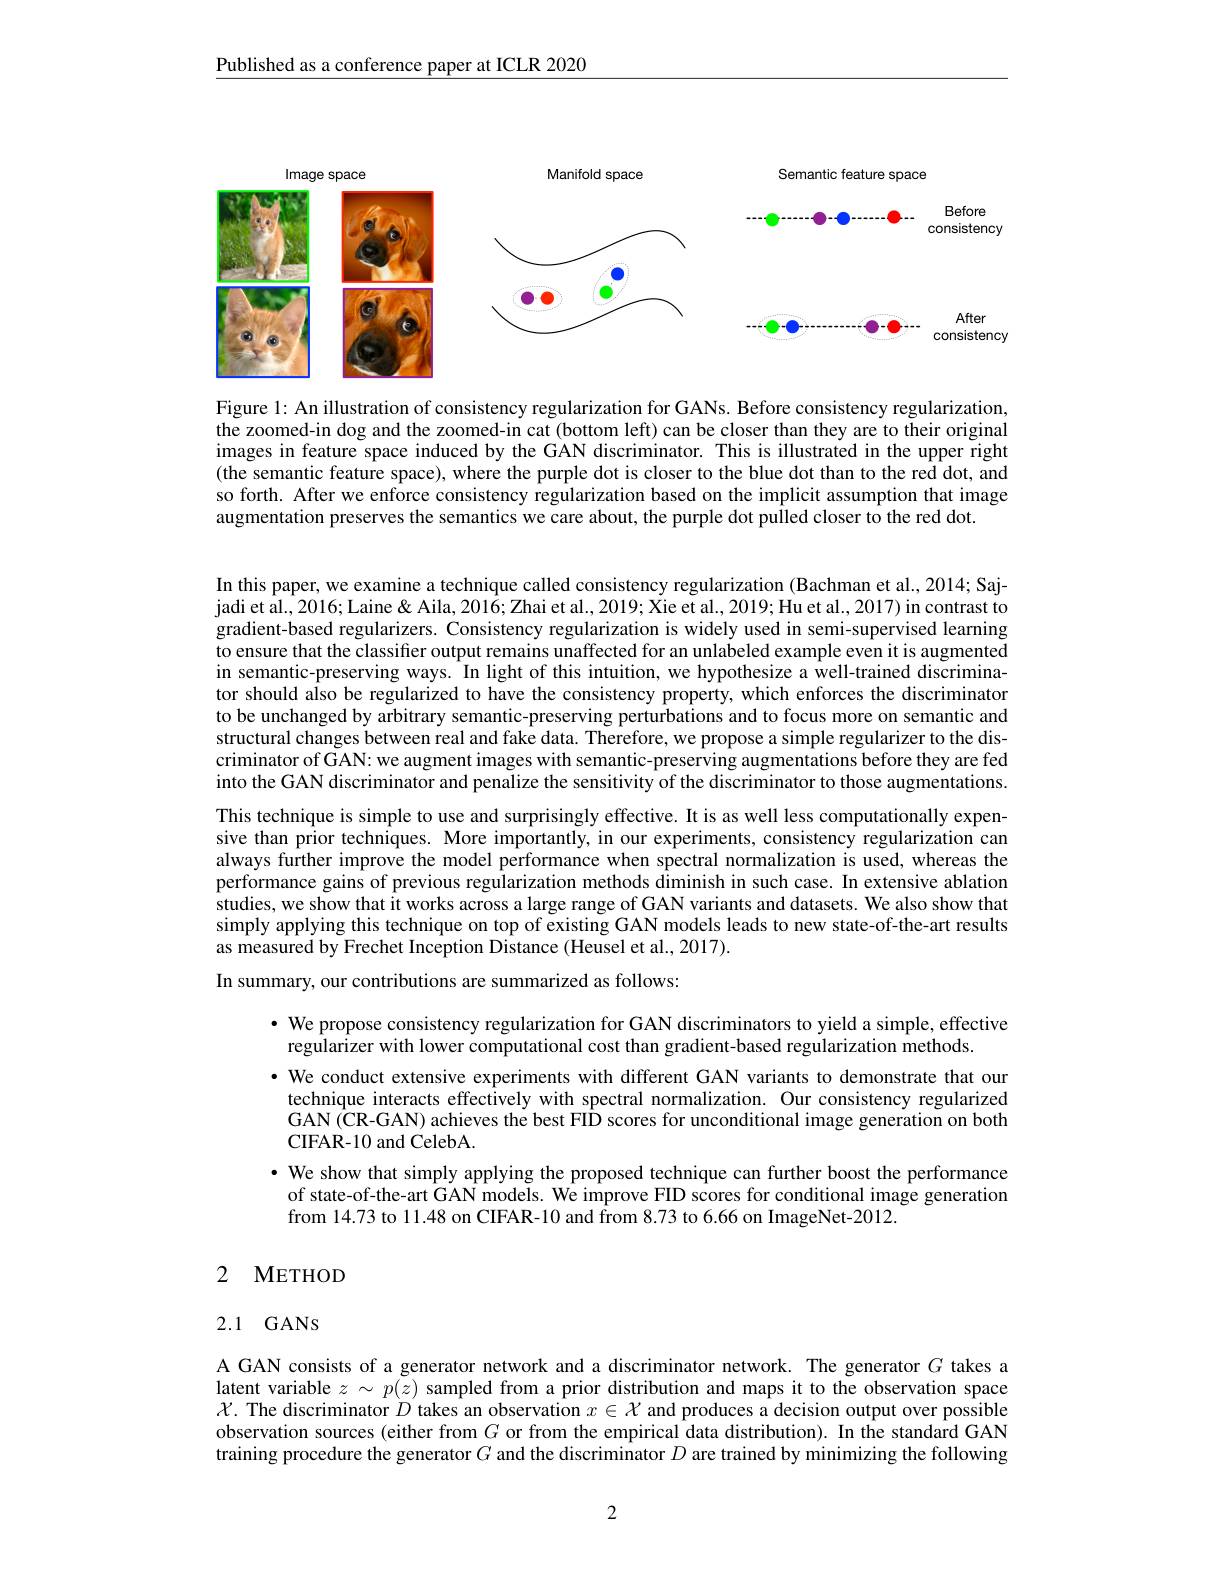
Published as a conference paper at ICLR 2020

<FigureHere>

Figure 1: An illustration of consistency regularization for GANs. Before consistency regularization, the zoomed-in dog and the zoomed-in cat (bottom left) can be closer than they are to their original images in feature space induced by the GAN discriminator. This is illustrated in the upper right (the semantic feature space), where the purple dot is closer to the blue dot than to the red dot, and so forth. After we enforce consistency regularization based on the implicit assumption that image augmentation preserves the semantics we care about, the purple dot pulled closer to the red dot.

In this paper, we examine a technique called consistency regularization (Bachman et al., 2014; Sajjadi et al., 2016; Laine & Aila, 2016; Zhai et al., 2019; Xie et al., 2019; Hu et al., 2017) in contrast to gradient-based regularizers. Consistency regularization is widely used in semi-supervised learning to ensure that the classiffer output remains unaffected for an unlabeled example even it is augmented in semantic-preserving ways. In light of this intuition, we hypothesize a well-trained discriminator should also be regularized to have the consistency property, which enforces the discriminator to be unchanged by arbitrary semantic-preserving perturbations and to focus more on semantic and structural changes between real and fake data. Therefore, we propose a simple regularizer to the discriminator of GAN: we augment images with semantic-preserving augmentations before they are fed into the GAN discriminator and penalize the sensitivity of the discriminator to those augmentations. This technique is simple to use and surprisingly effective. It is as well less computationally expensive than prior techniques. More importantly, in our experiments, consistency regularization can always further improve the model performance when spectral normalization is used, whereas the performance gains of previous regularization methods diminish in such case. In extensive ablation studies, we show that it works across a large range of GAN variants and datasets. We also show that simply applying this technique on top of existing GAN models leads to new state-of-the-art results as measured by Frechet Inception Distance (Heusel et al., 2017).

In summary, our contributions are summarized as follows:

· We propose consistency regularization for GAN discriminators to yield a simple, effective
regularizer with lower computational cost than gradient-based regularization methods.
· We conduct extensive experiments with different GAN variants to demonstrate that our
technique interacts effectively with spectral normalization. Our consistency regularized GAN (CR-GAN) achieves the best FID scores for unconditional image generation on both CIFAR-10 and CelebA.
· We show that simply applying the proposed technique can further boost the performance
of state-of-the-art GAN models. We improve FID scores for conditional image generation
from 14.73 to 11.48 on CIFAR-10 and from 8.73 to 6.66 on ImageNet-2012.

# 2 METHOD

## 2.1 GANS

A GAN consists of a generator network and a discriminator network. The generator $G$ takes a latent variable $z\sim p(\bar{z})$ sampled from a prior distribution and maps it to the observation space $\mathcal{X}$. The discriminator $D$ takes an observation $x\in\mathcal{X}$ and produces a decision output over possible observation sources (either from $G$ or from the empirical data distribution). In the standard GAN training procedure the generator $G$ and the discriminator $D$ are trained by minimizing the following

2